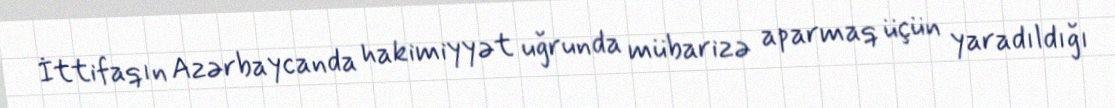
İttifaqın Azərbaycanda hakimiyyət uğrunda mübarizə aparmaq üçün yaradıldığı